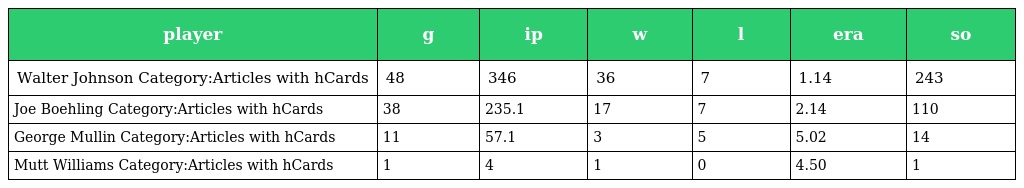
| player | g | ip | w | l | era | so |
 | --- | --- | --- | --- | --- | --- | --- |
 | Walter Johnson Category:Articles with hCards | 48 | 346 | 36 | 7 | 1.14 | 243 |
 | Joe Boehling Category:Articles with hCards | 38 | 235.1 | 17 | 7 | 2.14 | 110 |
 | George Mullin Category:Articles with hCards | 11 | 57.1 | 3 | 5 | 5.02 | 14 |
 | Mutt Williams Category:Articles with hCards | 1 | 4 | 1 | 0 | 4.50 | 1 |